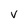
Character: v